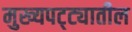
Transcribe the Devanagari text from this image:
मुख्यपट्ट्यातील